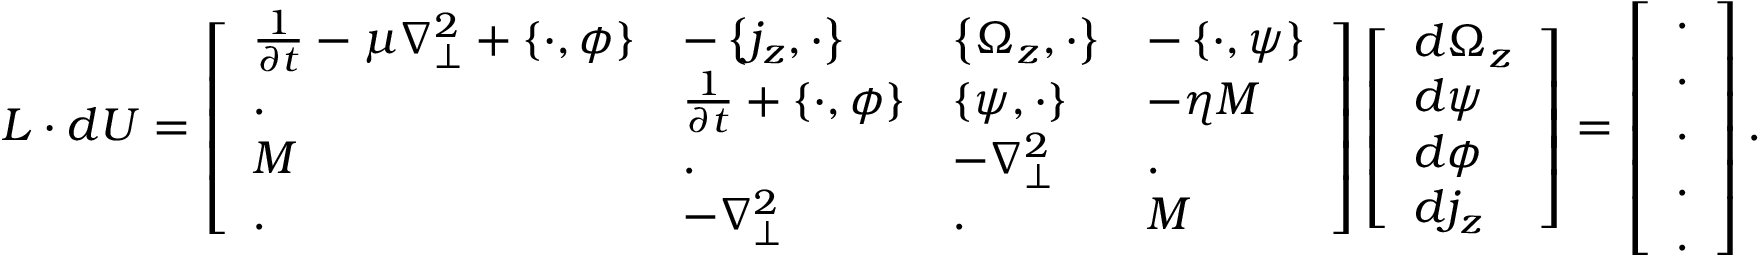
L \cdot d U = \left[ \begin{array} { l l l l } { \frac { 1 } { \partial t } - \mu \nabla _ { \perp } ^ { 2 } + \left\{ \cdot , { \phi } \right\} } & { - \left\{ j _ { z } , \cdot \right\} } & { \left\{ { \Omega _ { z } } , \cdot \right\} } & { - \left\{ \cdot , { \psi } \right\} } \\ { . } & { \frac { 1 } { \partial t } + \left\{ \cdot , { \phi } \right\} } & { \left\{ { \psi } , \cdot \right\} } & { - \eta M } \\ { M } & { . } & { - \nabla _ { \perp } ^ { 2 } } & { . } \\ { . } & { - \nabla _ { \perp } ^ { 2 } } & { . } & { M } \end{array} \right] \left[ \begin{array} { l } { { d \Omega _ { z } } } \\ { { d \psi } } \\ { { d \phi } } \\ { { d j _ { z } } } \end{array} \right] = \left[ \begin{array} { l } { . } \\ { . } \\ { . } \\ { . } \\ { . } \end{array} \right] .